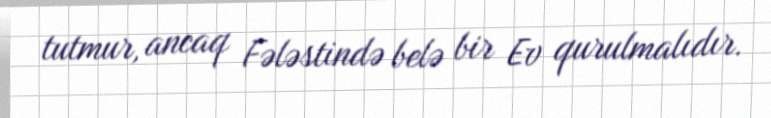
tutmur, ancaq Fələstində belə bir Ev qurulmalıdır.